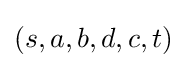
(s,a,b,d,c,t)